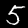
Digit: 5